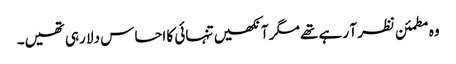
وہ مطمئن نظر آ رہے تھے مگر آنکھیں تنہائی کا احساس دلا رہی تھیں۔